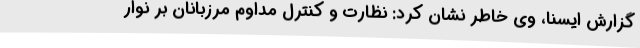
گزارش ایسنا، وی خاطر نشان کرد: نظارت و کنترل مداوم مرزبانان بر نوار